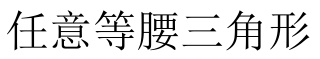
任意等腰三角形